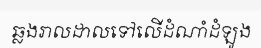
ឆ្លងរាលដាលទៅលើដំណាំដំឡូង